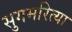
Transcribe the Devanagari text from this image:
सुगमरित्या